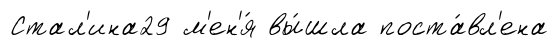
Стал'ина29 м'ен'я́ вы́шла поста́вл'ена